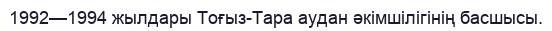
1992—1994 жылдары Тоғыз-Тара аудан әкімшілігінің басшысы.